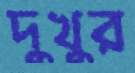
দুখুর